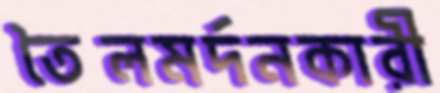
তৈলমর্দনকারী